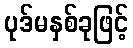
ပုဒ်မနှစ်ခုဖြင့်